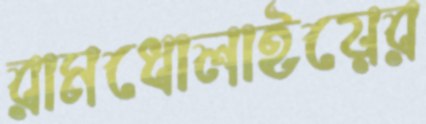
রামধোলাইয়ের